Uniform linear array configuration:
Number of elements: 24
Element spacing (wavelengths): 0.5
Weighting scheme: kaiser
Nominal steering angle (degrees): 30
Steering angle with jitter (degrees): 30.394
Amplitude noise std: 0.05
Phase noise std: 0.05

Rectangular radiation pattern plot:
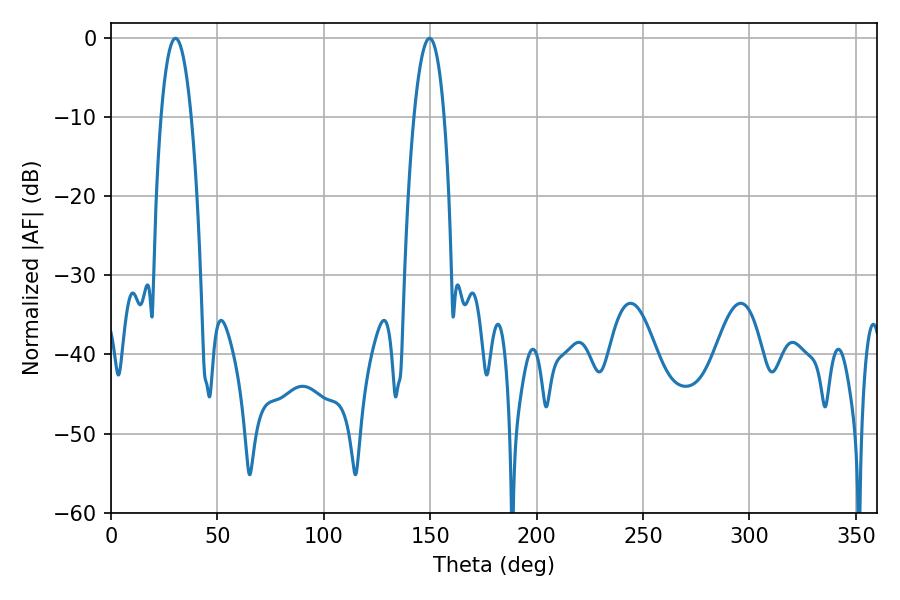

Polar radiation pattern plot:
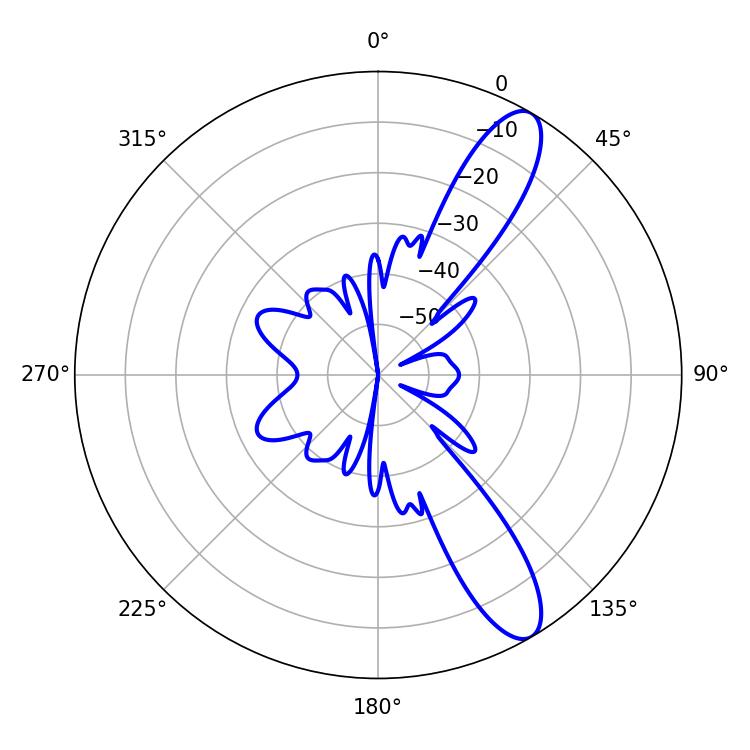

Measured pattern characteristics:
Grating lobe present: FALSE
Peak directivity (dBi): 11.282
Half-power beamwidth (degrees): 7.92
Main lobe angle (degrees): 149.76